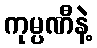
ကုမ္ပဏီနဲ့